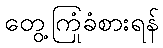
တွေ့ကြုံခံစားရန်